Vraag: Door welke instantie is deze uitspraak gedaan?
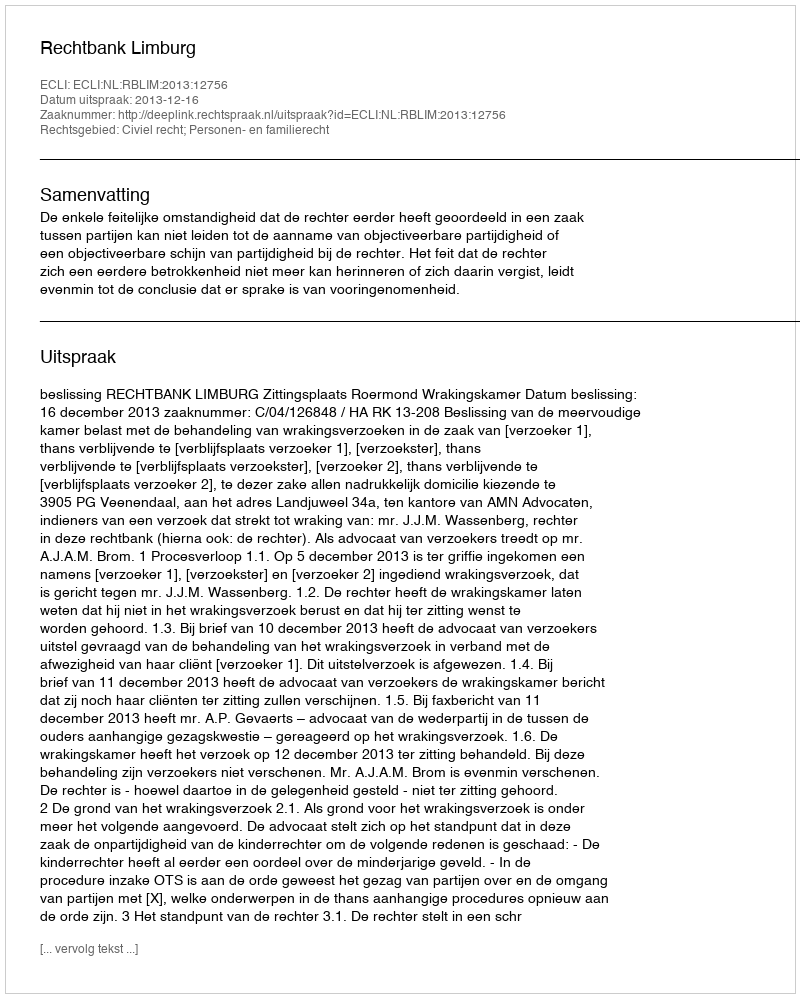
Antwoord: Rechtbank Limburg